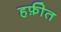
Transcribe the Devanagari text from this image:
हफ़ीत